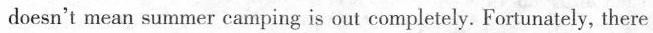
doesn't mean summer camping is out completely. Fortunately, there